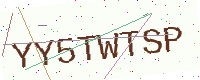
Text: YY5TWTSP